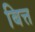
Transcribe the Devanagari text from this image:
बित्त